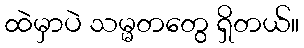
ထဲမှာပဲ သမ္မတတွေ ရှိတယ်။